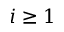
i \geq 1